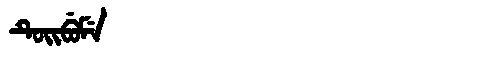
Manchu: ᡨᡠᡳᠪᡠᠮᡝ
Romanization: TUIBUME